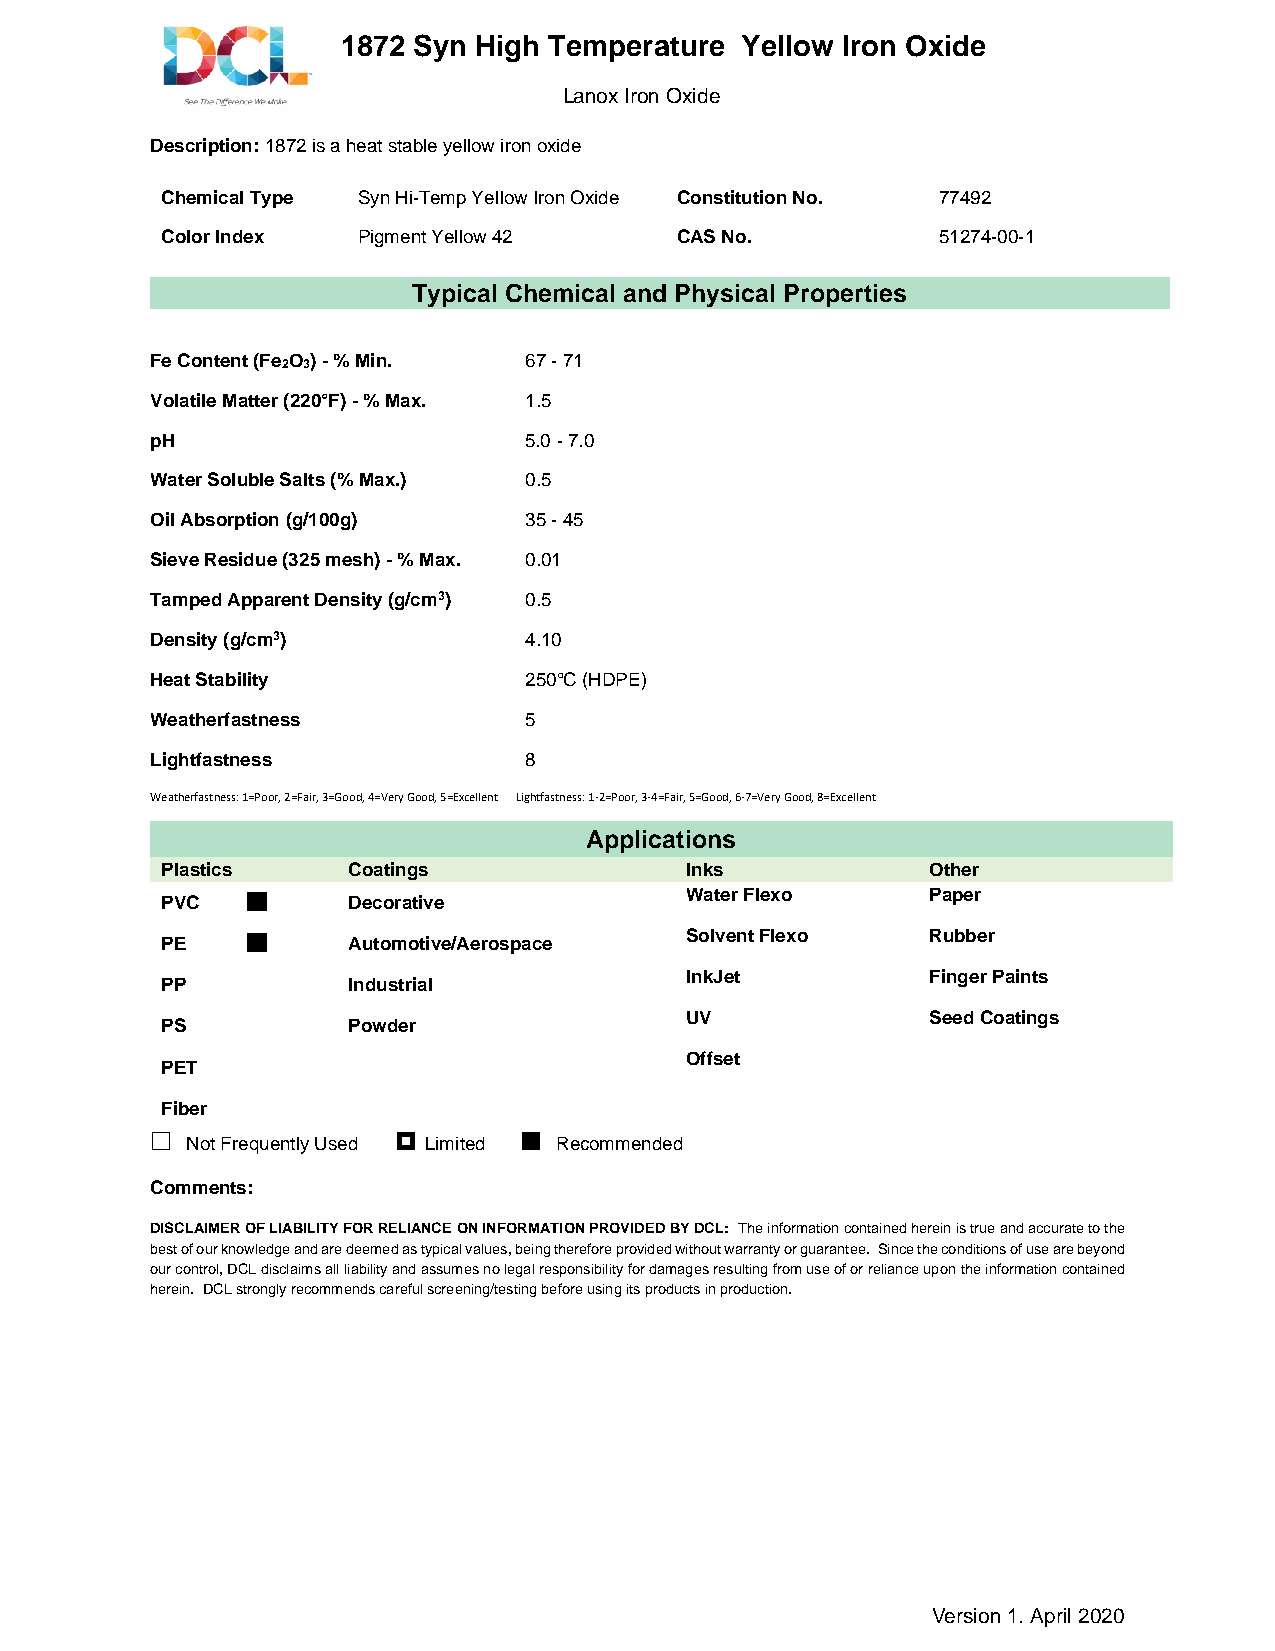
1872 Syn High Temperature Yellow Iron Oxide
 Description: 1872 is a heat stable yellow iron oxide
 Chemical Type Syn Hi-Temp Yellow Iron Oxide Constitution No. 77492
 Color Index  Pigment Yellow 42    CAS No.          51274-00-1
 Typical Chemical and Physical Properties
 Fe Content (Fe2O3) - % Min. 67 - 71
 Volatile Matter (220°F) - % Max. 1.5
 pH                       5.0 - 7.0
 Water Soluble Salts (% Max.) 0.5
 Oil Absorption (g/100g)  35 - 45
 Sieve Residue (325 mesh) - % Max. 0.01
 Tamped Apparent Density (g/cm3) 0.5
 Density (g/cm3)          4.10
 Heat Stability           250°C (HDPE)
 Weatherfastness          5
 Lightfastness            8
 Weatherfastness: 1=Poor, 2=Fair, 3=Good, 4=Very Good, 5=Excellent Lightfastness: 1-2=Poor, 3-4=Fair, 5=Good, 6-7=Very Good, 8=Excellent
 Applications
 Plastics    Coatings              Inks             Other
 PVC       Decorative           Water Flexo     Paper      
 PE        Automotive/Aerospace  Solvent Flexo  Rubber     
 PP         Industrial           InkJet          Finger Paints 
 PS         Powder               UV              Seed Coatings 
 PET                             Offset                     
 Fiber                                                      
  Not Frequently Used  Limited  Recommended
 Comments:
 DISCLAIMER OF LIABILITY FOR RELIANCE ON INFORMATION PROVIDED BY DCL: The information contained herein is true and accurate to the
 best of our knowledge and are deemed as typical values, being therefore provided without warranty or guarantee. Since the conditions of use are beyond
 our control, DCL disclaims all liability and assumes no legal responsibility for damages resulting from use of or reliance upon the information contained
 herein. DCL strongly recommends careful screening/testing before using its products in production.
 Version 1. April 2020